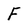
Character: F